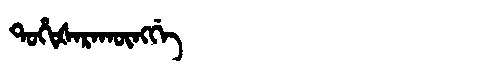
Manchu: ᡨᠣᡥᡳᡧᠠᡵᠠᡴᡡᠩᡤᡝ
Romanization: TOHIŠARAKŪNGGE